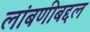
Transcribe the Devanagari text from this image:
लांबणीबद्दल